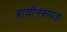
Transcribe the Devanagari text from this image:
प्राचीनरूपता